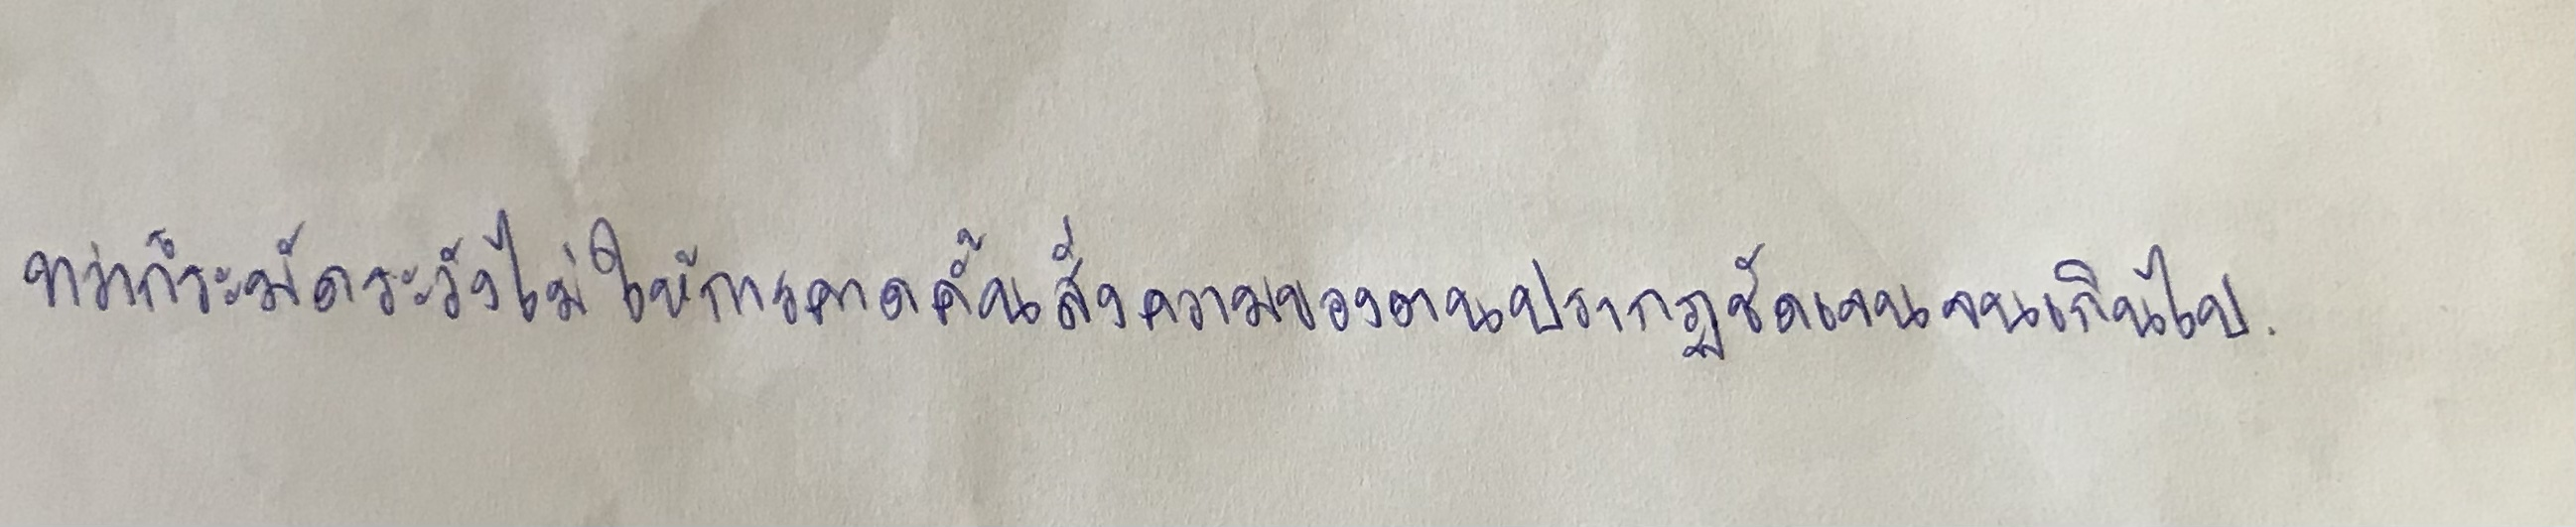
ทว่าก็ระมัดระวังไม่ให้การคาดคั้นสั่งความของตนปรากฏชัดเจนจนเกินไป